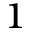
^ 1